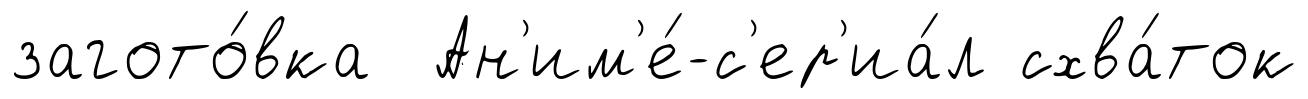
загото́вка Ан'им'е́-с'ер'иа́л схва́ток